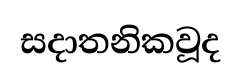
සදාතනිකවූද